Vital statistics of India. Vol. IV, Annual returns from 1871 to 1876. British Army of India, Native Army and jails of Bengal
Year: 1871
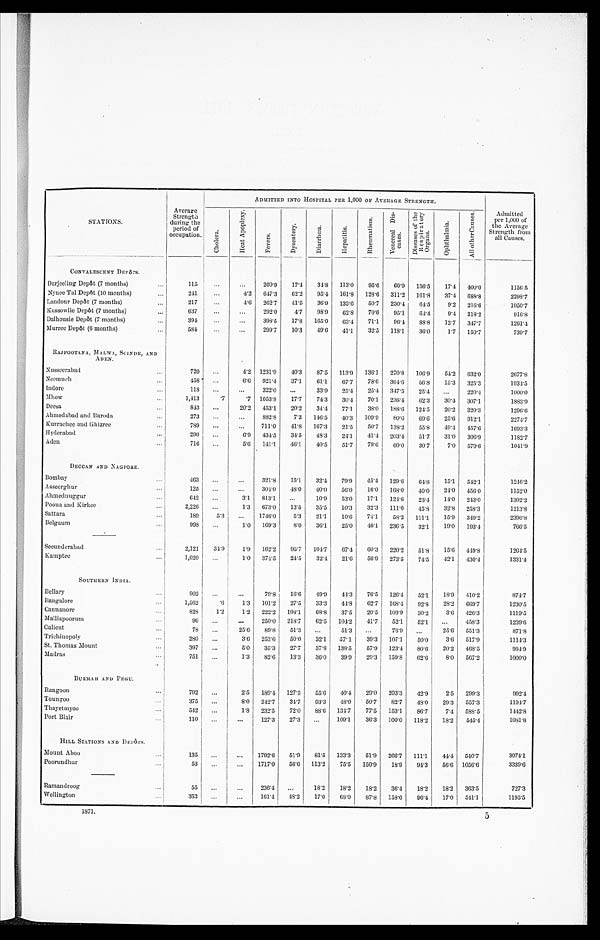
STATIONS.
Average
Strength
during the
Period of
occupation.
ADMITTED INTO HOSPITAL PER 1,000 OF AVERAGE STRENGTH.
Ch o l e r a .
H e a t A p o p l e x y .
F e v e r s .
Dy s e n t e r y . D i a r r h œ a .
He p a t i t i s .
R h e u m a t i s m .
V e n e r e a l D i s - e a s e s .
D i s e a s e s o f t h e R e s p i r a t o r y O r g a n s .
Ophthalmia.
A l l o t h e r C a u s e s .
Admitted
per 1,000 of
the Average
Strength from
all Causes.
CONVALESCENT DEPÔTS.
Darjeeling Depôt (7 months) ...
1 1 5 ...
...
260. 9
17.4 34.8 113.0 95.6 60. 9 156.5 17.4 400.0
1156.5
Nynee Tal Depôt (10 months) ...
2 4 1
...
4.2 647. 3
62.2 95.4 161.8 128. 6 311.2 161.8 37.4 688. 8
2298.7
Landour Depôt (7 months)...
2 1 7
. . .
4.6 262. 7
41.5 36.9 133.6 50.7 230.4 64.5 9.2 216.6
1050.7
Kussowlie Depôt (7 months)
...
637
. . .
...
292. 0
4.7 98.9 62.8 70.6 95.1 64.4 9.4 218.2
916. 8
Dalhousie Depôt (7 months)
3 9 4
. . .
. . . 398. 5
17.8 165.0 63.4 71.1 96. 4 88.8 12.7 347. 7
1261.4
Murree Depôt (6 months)...
5 8 4 . . .
...
299. 7
10.3 49.6 41.1 32.5 118.1 36.0 1.7 150. 7
739.7
RAJPOOTANA, MALWA, SCINDE, AND
ADEN.
Nusseerabad..
7 2 0
. . . 4.2 1231. 9
40.3 87.5 113.9 136. 1 270.8 106.9 54.2 632.0
2677.8
Neemuch...
4 5 8 . . .
6 . 6921. 4
37.1 61.1
6 7 . 7 78.6 364.6 56.8 15.3 325. 3
1934.5
Indore...
1 1 8
. . . ...
322. 0
...
33.9 25.4 25.4 347.5 25.4 ...
220.4
1000.0
Mhow
1,413
.7
. 7
1053. 8
17.7 74.3 30.4 70.1 236.4 62.3 30.4 307. 1
1883.9
Deesa...
843 . . .
20.2 453. 1
20.2 34.4 77.1 38.0
1 8 8 . 6 124.5 20.2 320.3
1296.6
Ahmedabad and Baroda...
273 ...
... 882. 8
7.3 146.5 40.3 109.9 80.6 69.6 25.6 912.1
2274.7
Kurrachee and Ghizree
789 ...
... 711.0 41.8 167.3 21.5 50.7 138.2 55.8 49.4 457.6
1693.3
Hyderabad...
290 ...
6.9 434. 5
34.5 48.3 24.1 41.4 203.4 51.7 31.0 306.9
1182.7
Aden...
7 1 6 ...
5.6 141. 1
46.1 40.5 51.7 79.6 60.0 30.7 7.0 579. 6
1041.9
DECCAN AND NAGPORE.
Bombay
463
. . .
. . .
3 2 1 . 8 15.1 32.4 79.9 45.4 129.6 64.8 15.1 542. 1
1246.2
Asseerghur
125 . . .
...
304.0 48.0 40.0 56.0 16.0 168.0 40.0 24.0 456.0
1152.0
Ahmednuggur
642 ...
3.1 813. 1
. . .
10.9 53.0 17.1 124.6 23.4 14.0 243.0
1302.2
Poona and Kirkee ...
2,226 ...
1.3 673.0 13.5 35.5 10.3 32.3 111.0 45.8 32.8 258. 3
1213.8
Sattara
189
5.3 ... 1746.0
5.3 21.1 10.6 74.1 58.2 111.1 15.9 349.2
2396.8
Belgaum...
998 ...
1.0 169.3
8.0 36.1 25.0 46.1 236.5 32.1 19.0 193.4
766.5
Secunderabad...
2 , 1 2 1
34.9 1.9 162.2 95.7 104.7
6 7 . 4 60.3 220.2 51.8 15.6 449.8
1264.5
Kamptee...
1,020 ...
1.0 374.5 24.5 32.4 21.6 56.9 273.5 74.5 42.1
4 3 0 . 4
1331.4
SOUTHERN INDIA.
Bellary...
902 ...
...
79.8 16.6 49.9 44.3 76.5 126.4 52.1 18.9 410.2
874.7
Bangalore...
1 , 5 6 2
. 6 1.3 101.2 27.5 33.3 44.8 62.7 168.4
9 2 . 8 28.2 669.7
1230.5
Cannanore...
8 2 8 1.2 1.2 222.2 198.1 68.8 37.5 20.5 109.9 30.2 3.6 426.3
1119.5
Malliapoorum ...
96 ...
...
250.0 218.7 62.5 104.2 41.7 52.1 52.1
. . . 458.3
1239.6
Calicut ...
78 ...
25.6 89.8 51.3 ...
51.3 ...
76.9 ...
25.6 551.3
871.8
Trichinopoly...
280 ...
3.6 253.6 50.0 32.1
5 7 . 1 39.3 107.1 50.0 3.6 517.9
1114.3
St. Thomas Mount
397 ...
5.0 35.3 27.7 37.8 138.5 57.9 123.4 80.6 20.2 468.5
994.9
Madras ....
751 ...
1.3 82.6 13.3 36.0 39.9 29.3 159.8 62.6 8.0 567.2
1000.0
BURMAH AND PEGU.
Rangoon
792 ...
2.5 189.4 127.5 55.6 40.4 29.0 203.3 42.9 2.5 299.3
992.4
Toungoo...
375 ...
8.0 242.7 34.7 93.3 48.0 50.7 82.7 48.0 29.3 557.3
1194.7
Thayetmyoo
542 ...
1 . 8 2 3 2 . 5 72.0 88.6 134.7 77.5 153.1
8 6 . 7 7.4 588.5
1442.8
Port Blair...
1 1 0 ...
...
127.3 27.3 ...
109.1 36.3 100.0 118.2 18.2 545.4
1081.8
HILL STATIONS AND DEPÔTS.
Mount Aboo...
135 ...
... 1792.6 51.9 81.5 133.3 51.9 266.7 111.1 44.4 540.7
3074.1
Poorundhur
53 ...
... 1717.0 56.6 113.2 75.5 150.9 18.9 94.3 56.6 1056.6
3339.6
Ramandroog
5 5
...
...
236.4 ...
18.2 18.2 18.2 36.4 18.2 18.2 363.5
727.3
Wellington
353 ...
. . . 161.4 48.2 17.0 68.0 87.8 158.6 96.4 17.0 541.1 1195.5
1871.
5